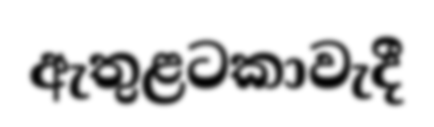
ඇතුළටකාවැදී